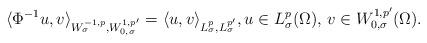
LaTeX: \begin{align*}\langle \Phi^{-1}u, v \rangle_{W^{- 1 , p}_{\sigma},W^{1,p^{\prime}}_{0,\sigma}}= \langle u,v \rangle_{L^p_{\sigma}, L^{p^{\prime}}_{\sigma}}, u\in L^p_{\sigma} (\Omega), \, v\in W^{1,p^{\prime}}_{0,\sigma}(\Omega).\end{align*}